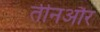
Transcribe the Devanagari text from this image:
तीनऔर